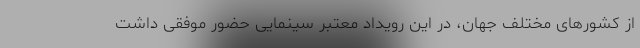
از کشورهای مختلف جهان، در این رویداد معتبر سینمایی حضور موفقی داشت